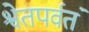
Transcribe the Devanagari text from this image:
श्वेतपर्वतं